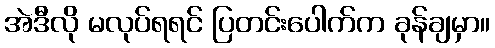
အဲဒီလို မလုပ်ရရင် ပြတင်းပေါက်က ခုန်ချမှာ။